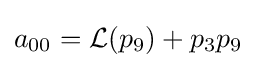
a_{00}={\mathcal {L}}(p_{9})+p_{3}p_{9}